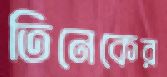
তিনেকের